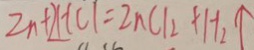
Z n + 2 H C L = Z n C l _ { 2 } + H _ { 2 } \uparrow